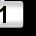
Digit: 1